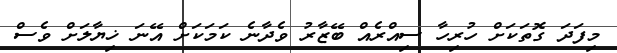
މިފަދަ ގޮތަކަށް ހުރިހާ ސިއްރެއް ބޭޒާރު ވެދާނެ ކަމަކަށް އޭނަ ޚިޔާލަށް ވެސް